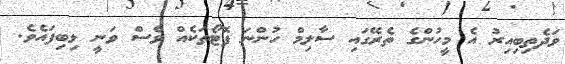
ވަދެތިބިއިރު އެ މީހުންގެ ތެރޭގައި ސާލިމް ހުންނަ ފޮޓޯތަކެއް ވެސް ވަނީ ލިބިފައެވެ.